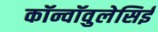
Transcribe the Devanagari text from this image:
कॉन्वॉवुलेसिई